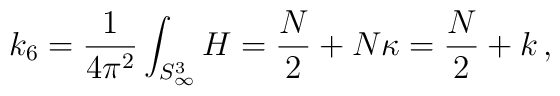
k_6 = \frac{1}{4 \pi^2} \int_{S^3_\infty} H = \frac{N}{2} + N \kappa = \frac{N}{2} + k\,,